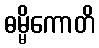
ဓမ္မိကောတိ